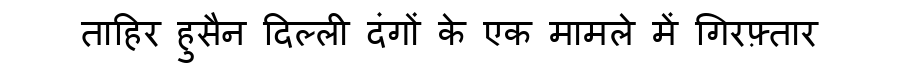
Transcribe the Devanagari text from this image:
ताहिर हुसैन दिल्ली दंगों के एक मामले में गिरफ़्तार